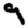
Digit: 9